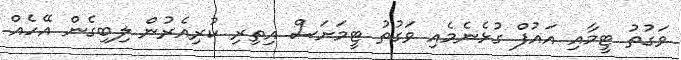
ވަގުތު ޓީމާއި އައުފް ގުޅެނެމެއި ވަގުތު ޓީމަށަސް އިތިރި ކުރިއެރުން ލިބިގެން އޭހެއް